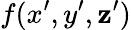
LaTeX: f(x^{\prime},y^{\prime},\mathbf{z}^{\prime})